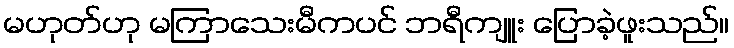
မဟုတ်ဟု မကြာသေးမီကပင် ဘရီကျူး ပြောခဲ့ဖူးသည်။